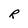
Character: R